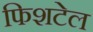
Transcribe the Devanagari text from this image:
फिशटेल